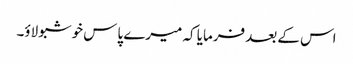
اس کے بعد فرمایا کہ میرے پاس خوشبو لاؤ۔